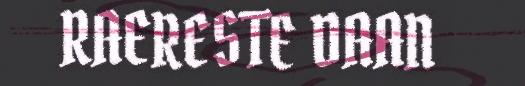
RAERESTE DAAN